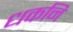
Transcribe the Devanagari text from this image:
धकनि